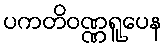
ပကတိဝဏ္ဏရူပေန